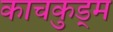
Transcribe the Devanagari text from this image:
काचकुड्म